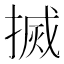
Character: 搣